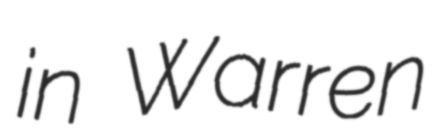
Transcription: in Warren